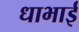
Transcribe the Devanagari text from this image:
धाभाई